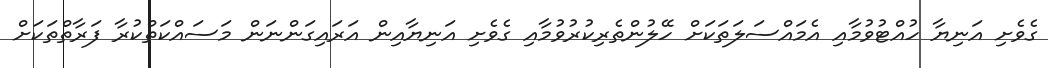
ގެވެށި އަނިޔާ ހުއްޓުވުމާއި އެމައްސަލަތަކަށް ހޭލުންތެރިކުރުވުމާއި ގެވެށި އަނިޔާއިން އަރައިގަންނަން މަސައްކަތްކުރާ ފަރާތްތަކަށް